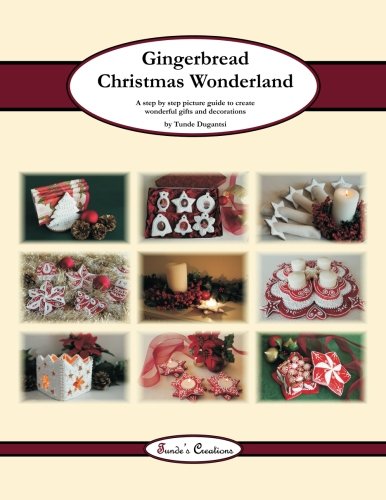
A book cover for Gingerbread Christmas Wonderland: A step by step picture guide to create wonderful gifts and decorations (Tunde's Creations) (Volume 2); Tunde Dugantsi; Cookbooks, Food & Wine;